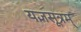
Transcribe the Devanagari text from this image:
यज्ञसूत्रम्